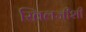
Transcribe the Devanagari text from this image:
खिलजीशी